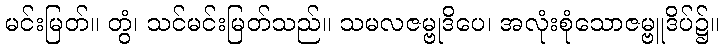
မင်းမြတ်။ တွံ၊ သင်မင်းမြတ်သည်။ သမလဇမ္ဗုဒိပေ၊ အလုံးစုံသောဇမ္ဗူဒိပ်၌။